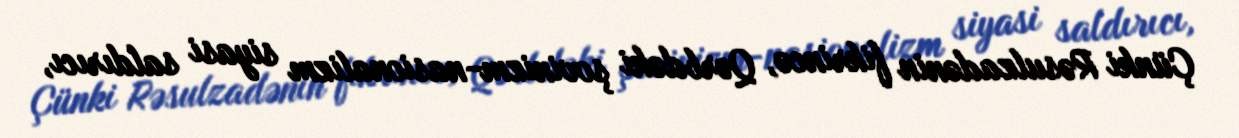
Çünki Rəsulzadənin fikrincə, Qərbdəki şovinizm-nasionalizm siyasi saldırıcı,